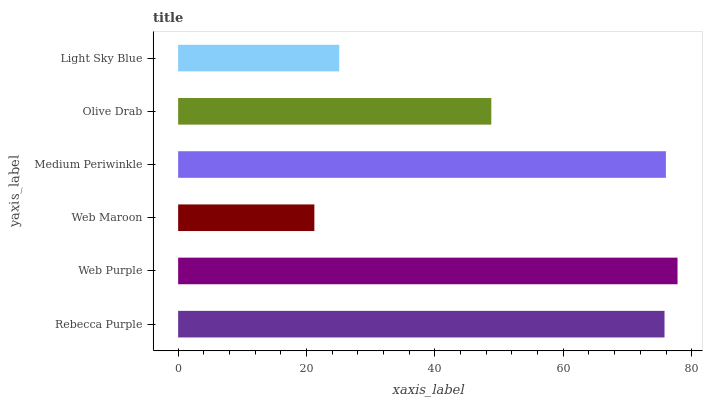
| yaxis_label | bars |
 | --- | --- |
 | Rebecca Purple | 75.8 |
 | Web Purple | 77.8 |
 | Web Maroon | 21.2 |
 | Medium Periwinkle | 76 |
 | Olive Drab | 48.8 |
 | Light Sky Blue | 25.1 |